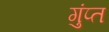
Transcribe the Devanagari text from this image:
गुंप्त